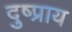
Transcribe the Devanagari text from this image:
दुष्प्राय